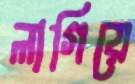
লাগিয়ে